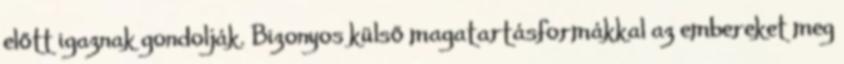
előtt igaznak gondolják. Bizonyos külső magatartásformákkal az embereket meg